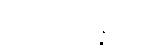
သီလသမ္ပန္နတရံ